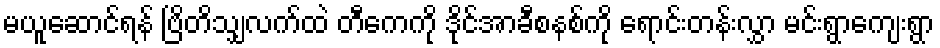
မယူဆောင်ရန် ဗြိတိသျှလက်ထဲ တီကေကို ဒိုင်အာခီစနစ်ကို ရောင်းတန်းလွှာ မင်းရွာကျေးရွာ